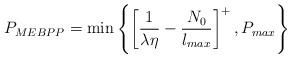
\begin{align*}P_{MEBPP} = \min\left\{ \left[ \frac{1}{\lambda \eta} - \frac{N_0}{l_{max}} \right]^{+}, P_{max} \right \}\end{align*}